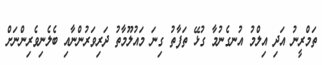
ތަމްރީނު އަދި އިލްމު އުނގެނުމާ ގުޅޭ ތަފާތު ގިނަ މައުލޫމާތު ދަރިވަރުންނާއި ބެލެނިވެރިންނަށް